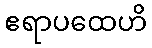
ဧရာပထေဟိ